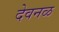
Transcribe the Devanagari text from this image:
देवनळ